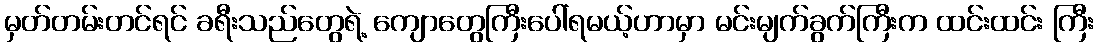
မှတ်တမ်းတင်ရင် ခရီးသည်တွေရဲ့ ကျောတွေကြီးပေါ်ရမယ့်ဟာမှာ မင်းမျက်ခွက်ကြီးက ထင်းထင်း ကြီး